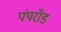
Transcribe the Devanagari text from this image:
पंपरॉड